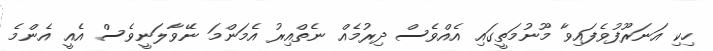
ހިކި އަނަރޫފުވެފައިވާ މޫނުމަތީގައި އެއްވެސް ދިރުމެއް ނެތްއިރު އެމަންމަ ނޭވާލަނީވެސް އެއީ އެންމެ